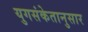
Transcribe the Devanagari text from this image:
युगसंकेतानुसार